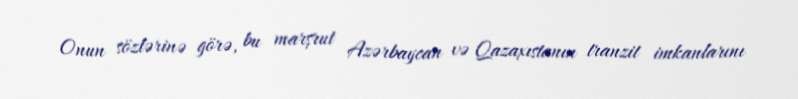
Onun sözlərinə görə, bu marşrut Azərbaycan və Qazaxıstanın tranzit imkanlarını